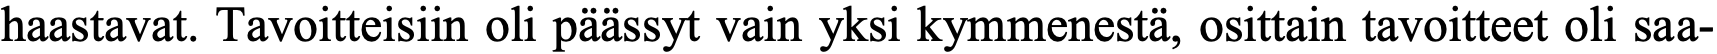
haastavat. Tavoitteisiin oli päässyt vain yksi kymmenestä, osittain tavoitteet oli saa-